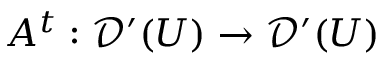
A ^ { t } : { \mathcal { D } } ^ { \prime } ( U ) \to { \mathcal { D } } ^ { \prime } ( U )